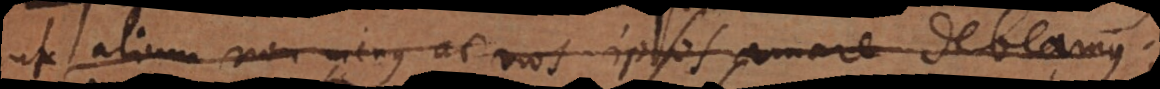
ut alium non minus ac nos ipsos amare debeamus;